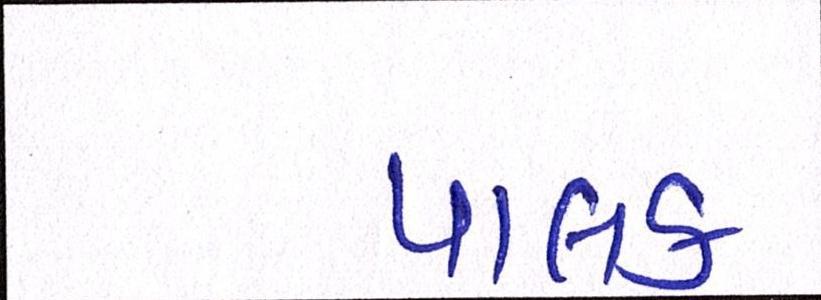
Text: પાલક